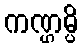
ကဏ္ဌမ္ပိ